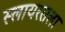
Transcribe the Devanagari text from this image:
स्लायरसला